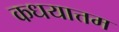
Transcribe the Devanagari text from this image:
कधयात्तम